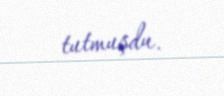
tutmuşdu.